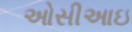
ઓસીઆઇ